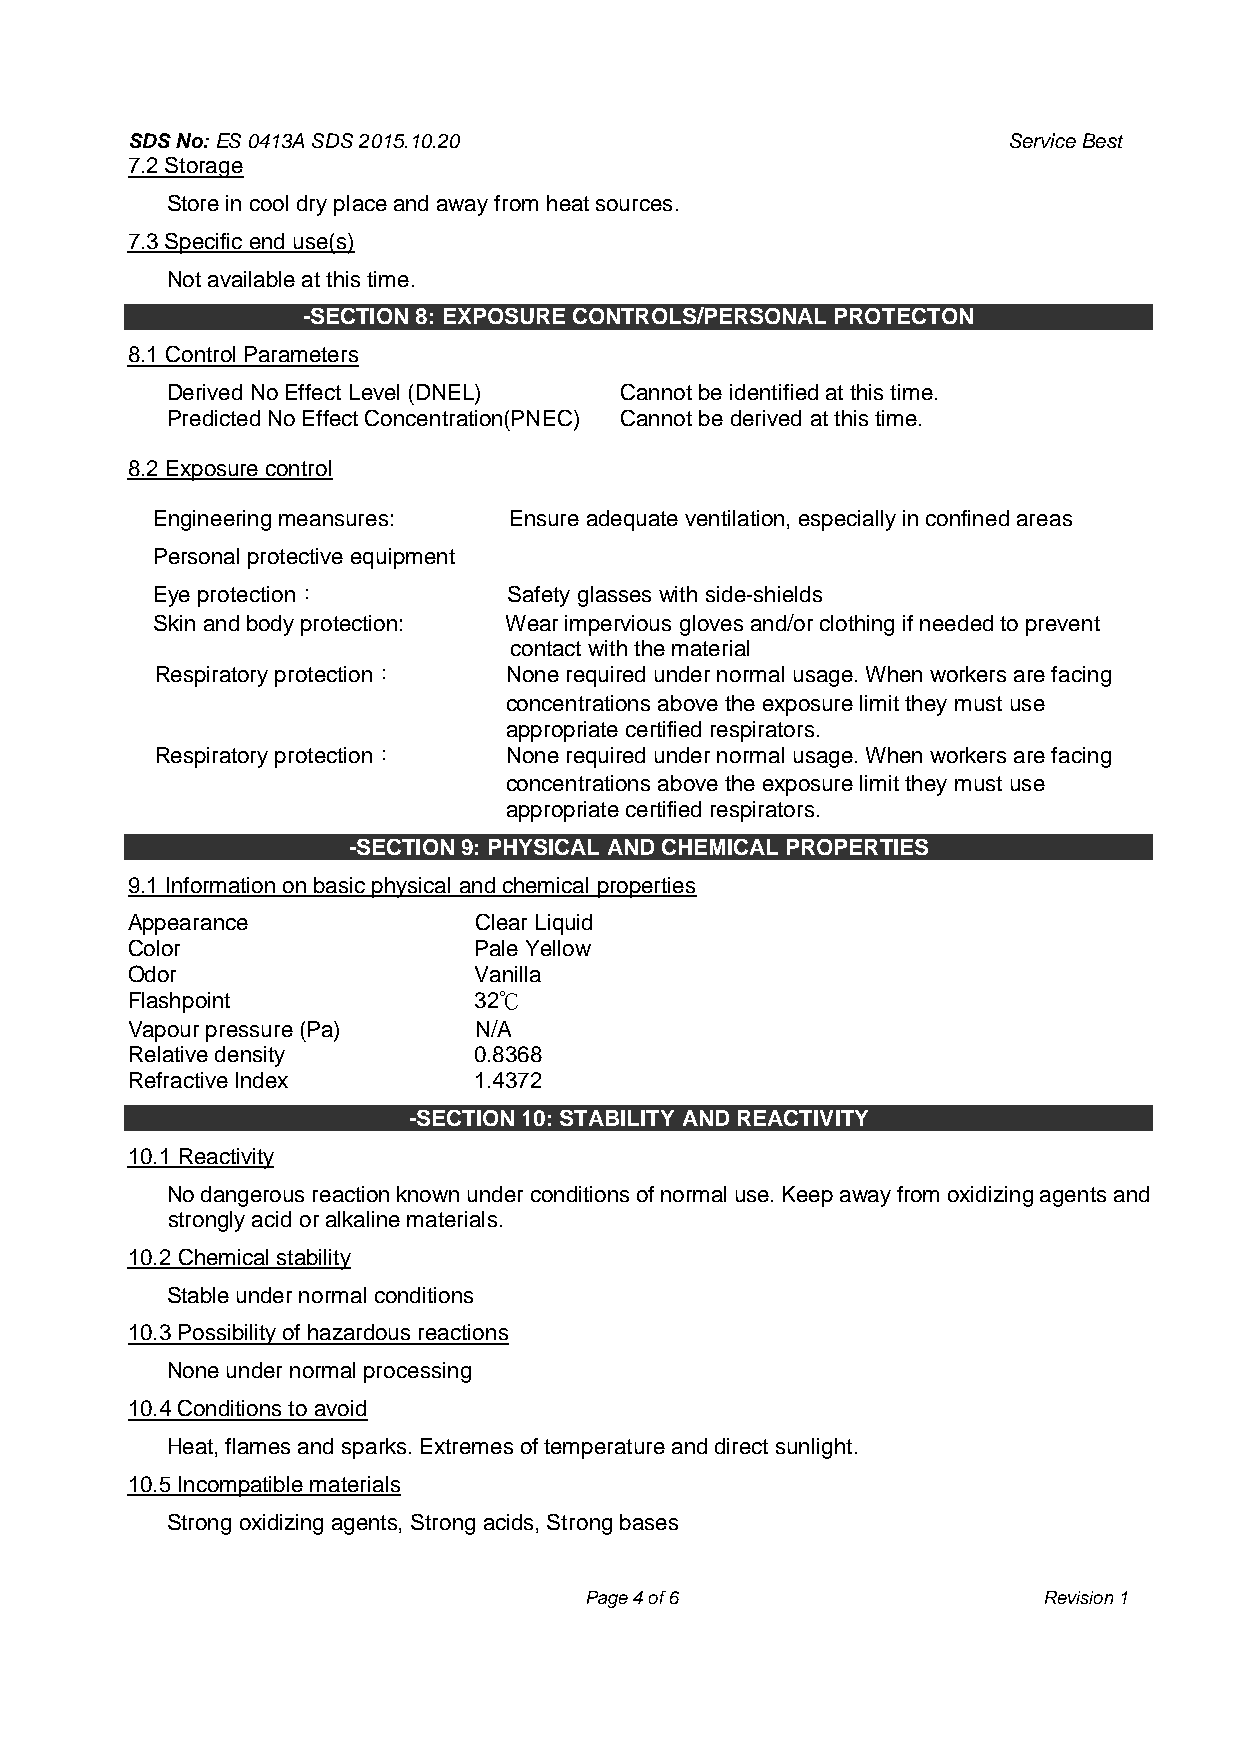
SDS No: ES 0413A SDS 2015.10.20                            Service Best
 7.2 Storage
 Store in cool dry place and away from heat sources.
 7.3 Specific end use(s)
 Not available at this time.
 -SECTION 8: EXPOSURE CONTROLS/PERSONAL PROTECTON
 8.1 Control Parameters
 Derived No Effect Level (DNEL) Cannot be identified at this time.
 Predicted No Effect Concentration(PNEC) Cannot be derived at this time.
 8.2 Exposure control
 Engineering meansures:  Ensure adequate ventilation, especially in confined areas
 Personal protective equipment
 Eye protection：         Safety glasses with side-shields
 Skin and body protection: Wear impervious gloves and/or clothing if needed to prevent
 contact with the material
 Respiratory protection： None required under normal usage. When workers are facing
 concentrations above the exposure limit they must use
 appropriate certified respirators.
 Respiratory protection： None required under normal usage. When workers are facing
 concentrations above the exposure limit they must use
 appropriate certified respirators.
 -SECTION 9: PHYSICAL AND CHEMICAL PROPERTIES
 9.1 Information on basic physical and chemical properties
 Appearance             Clear Liquid
 Color                  Pale Yellow
 Odor                   Vanilla
 Flashpoint             32℃
 Vapour pressure (Pa)   N/A
 Relative density       0.8368
 Refractive Index       1.4372
 -SECTION 10: STABILITY AND REACTIVITY
 10.1 Reactivity
 No dangerous reaction known under conditions of normal use. Keep away from oxidizing agents and
 strongly acid or alkaline materials.
 10.2 Chemical stability
 Stable under normal conditions
 10.3 Possibility of hazardous reactions
 None under normal processing
 10.4 Conditions to avoid
 Heat, flames and sparks. Extremes of temperature and direct sunlight.
 10.5 Incompatible materials
 Strong oxidizing agents, Strong acids, Strong bases
 Page 4 of 6                   Revision 1